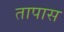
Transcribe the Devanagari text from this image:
तापास